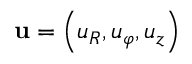
\mathbf { u } = \left( u _ { R } , u _ { \varphi } , u _ { z } \right)